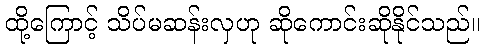
ထို့ကြောင့် သိပ်မဆန်းလှဟု ဆိုကောင်းဆိုနိုင်သည်။